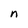
Character: n